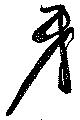
牙